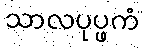
သာလပုပ္ဖကံ